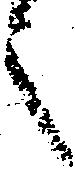
之